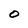
Character: 0